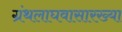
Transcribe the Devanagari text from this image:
ग्रंथलाघवासारख्या